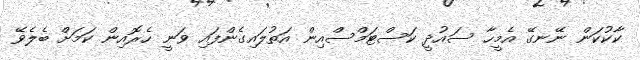
ކާކުކަން ނޭނގޭ އެމީހާ ސައުދީ ކަސްޓަމްސްއިން އަތުލައިގެންފައި ވަނީ ހެރޮއިން ކަމަށް ބެލެވޭ